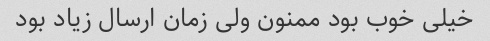
خیلی خوب بود ممنون ولی زمان ارسال زیاد بود